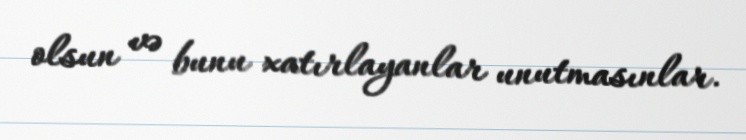
olsun və bunu xatırlayanlar unutmasınlar.